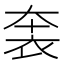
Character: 𧙐